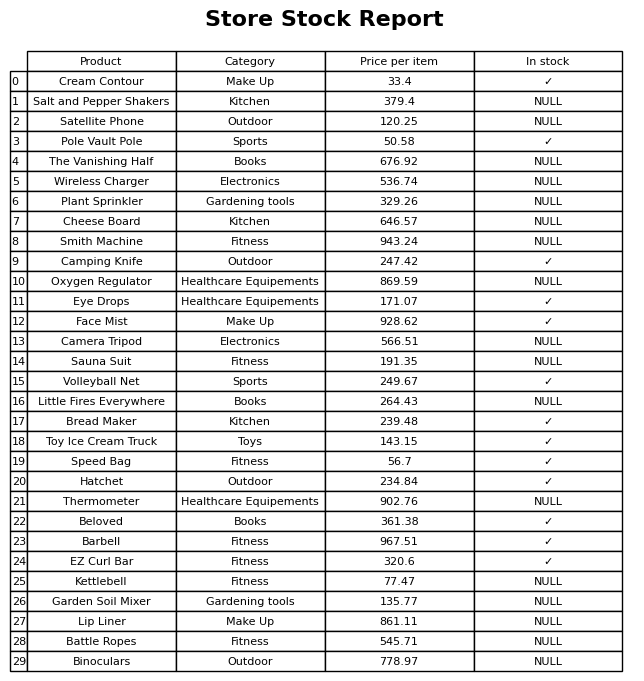
question: What is the price of the Face Mist?
answer: The price of Face Mist is 928.62.